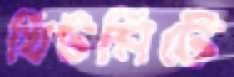
খিটমিটে